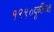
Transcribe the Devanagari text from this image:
१९९०पूर्वीच्या